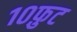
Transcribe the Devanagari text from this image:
१०फ़ुट